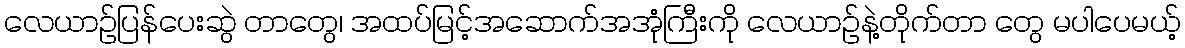
လေယာဉ်ပြန်ပေးဆွဲ တာတွေ၊ အထပ်မြင့်အဆောက်အအုံကြီးကို လေယာဉ်နဲ့တိုက်တာ တွေ မပါပေမယ့်